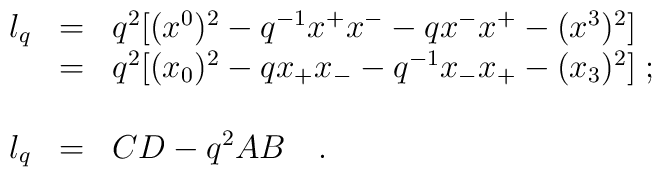
\begin{array}{lll}l_q&=&q^2[(x^0)^2-q^{-1}x^+x^- -qx^-x^+ -(x^3)^2]  \\\, &=&q^2[(x_0)^2-qx_+x_- -q^{-1}x_-x_+ -(x_3)^2] \;; \\\,&\,& \, \\l_q&=& CD-q^2AB \quad.\end{array}